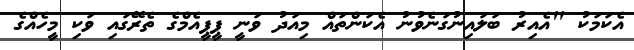
އެކަމަކު "އެއިރު ބަލައިނުގަނެވުނު އެކަންތައް މިއަދު ވަނީ ޕީޕީއެމްގެ ތެރޭގައި ވަކި މީހެއްގެ